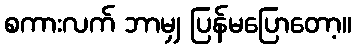
စကားလက် ဘာမျှ ပြန်မပြောတော့။